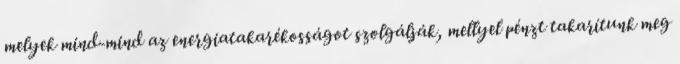
melyek mind-mind az energiatakarékosságot szolgálják, mellyel pénzt takarítunk meg